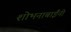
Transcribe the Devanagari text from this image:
शोभनाबाईंनी